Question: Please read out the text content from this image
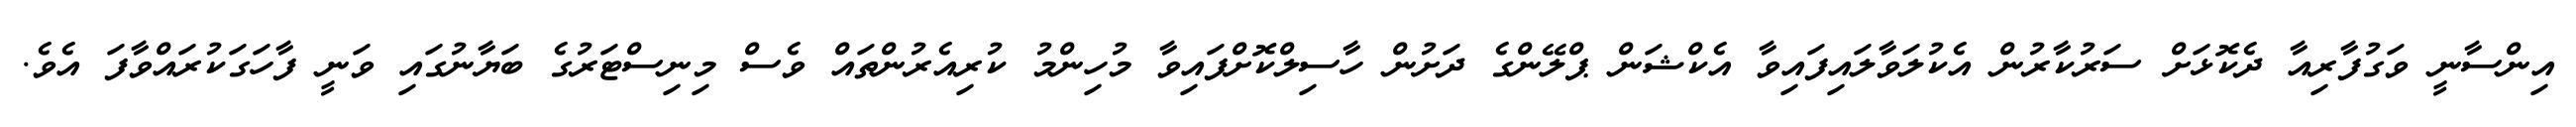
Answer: އިންސާނީ ވަގުފާރިއާ ދެކޮޅަށް ސަރުކާރުން އެކުލަވާލައިފައިވާ އެކްޝަން ޕްލޭންގެ ދަށުން ހާސިލްކޮށްފައިވާ މުހިންމު ކުރިއެރުންތައް ވެސް މިނިސްޓަރުގެ ބަޔާނުގައި ވަނީ ފާހަގަކުރައްވާފަ އެވެ.